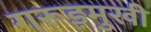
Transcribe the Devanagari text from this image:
गरूड़मुखी